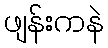
ဖျန်းကနဲ